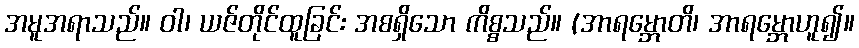
အမူအရာသည်။ ဝါ၊ ယဇ်တိုင်ထူခြင်း အစရှိသော ကိစ္စသည်။ (အာရမ္ဘောတိ၊ အာရမ္ဘောဟူ၍။